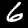
Label: 6